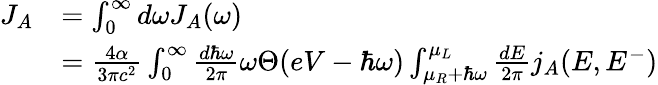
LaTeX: \begin{array}{rl}{J_{A}}&{=\int_{0}^{\infty}d\omega J_{A}(\omega)}\\ &{=\frac{4\alpha}{3\pi c^{2}}\int_{0}^{\infty}\frac{d\hbar\omega}{2\pi}\omega\Theta(eV-\hbar\omega)\int_{\mu_{R}+\hbar\omega}^{\mu_{L}}\frac{dE}{2\pi}j_{A}(E,E^{-})}\end{array}